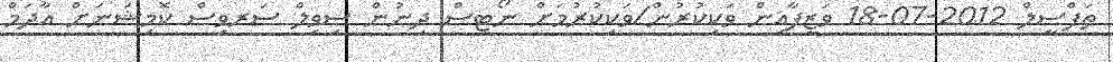
ތަފްސީލް 2012-07-18 ވަޒީފާއިން ވަކިކުރުން/ވަކިކުރުމަށް ނޯޓިސް ދިނުން ސިވިލް ސަރވިސް ކޮމިޝަނަށް އާދަމް